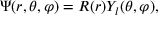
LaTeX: \Psi ( r , \theta , \varphi ) = R ( r ) Y _ { l } ( \theta , \varphi ) ,